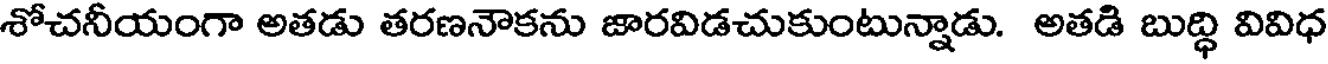
శోచనీయంగా అతడు తరణనౌకను జారవిడచుకుంటున్నాడు. అతడి బుద్ధి వివిధ